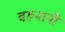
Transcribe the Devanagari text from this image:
वरुनानी